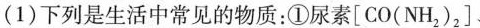
(1)下列是生活中常见的物质：①尿素[CO(NH_{2})_{2}]、